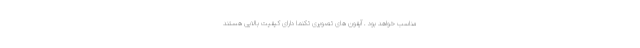
مناسب خواهد بود . آیفون های تصویری تکنما دارای کیفیت بالایی هستند